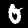
Digit: 0